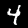
Digit: 4